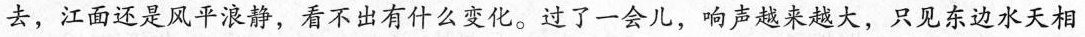
去，江面还是风平浪静，看不出有什么变化。过了一会儿，响声越来越大，只见东边水天相